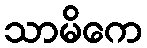
သာမိကေ